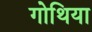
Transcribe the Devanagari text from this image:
गोथिया